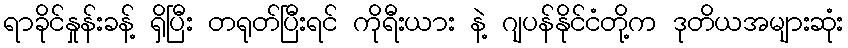
ရာခိုင်နှုန်းခန့် ရှိပြီး တရုတ်ပြီးရင် ကိုရီးယား နဲ့ ဂျပန်နိုင်ငံတို့က ဒုတိယအများဆုံး